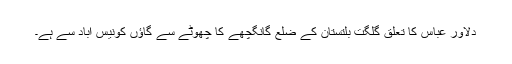
دلاور عباس کا تعلق گلگت بلتستان کے ضلع گانگچھے کا چھوٹے سے گاؤں کونیس آباد سے ہے۔